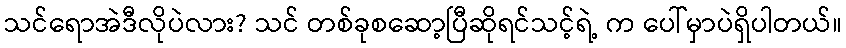
သင်ရောအဲဒီလိုပဲလား? သင် တစ်ခုစဆော့ပြီဆိုရင်သင့်ရဲ့ က ပေါ်မှာပဲရှိပါတယ်။